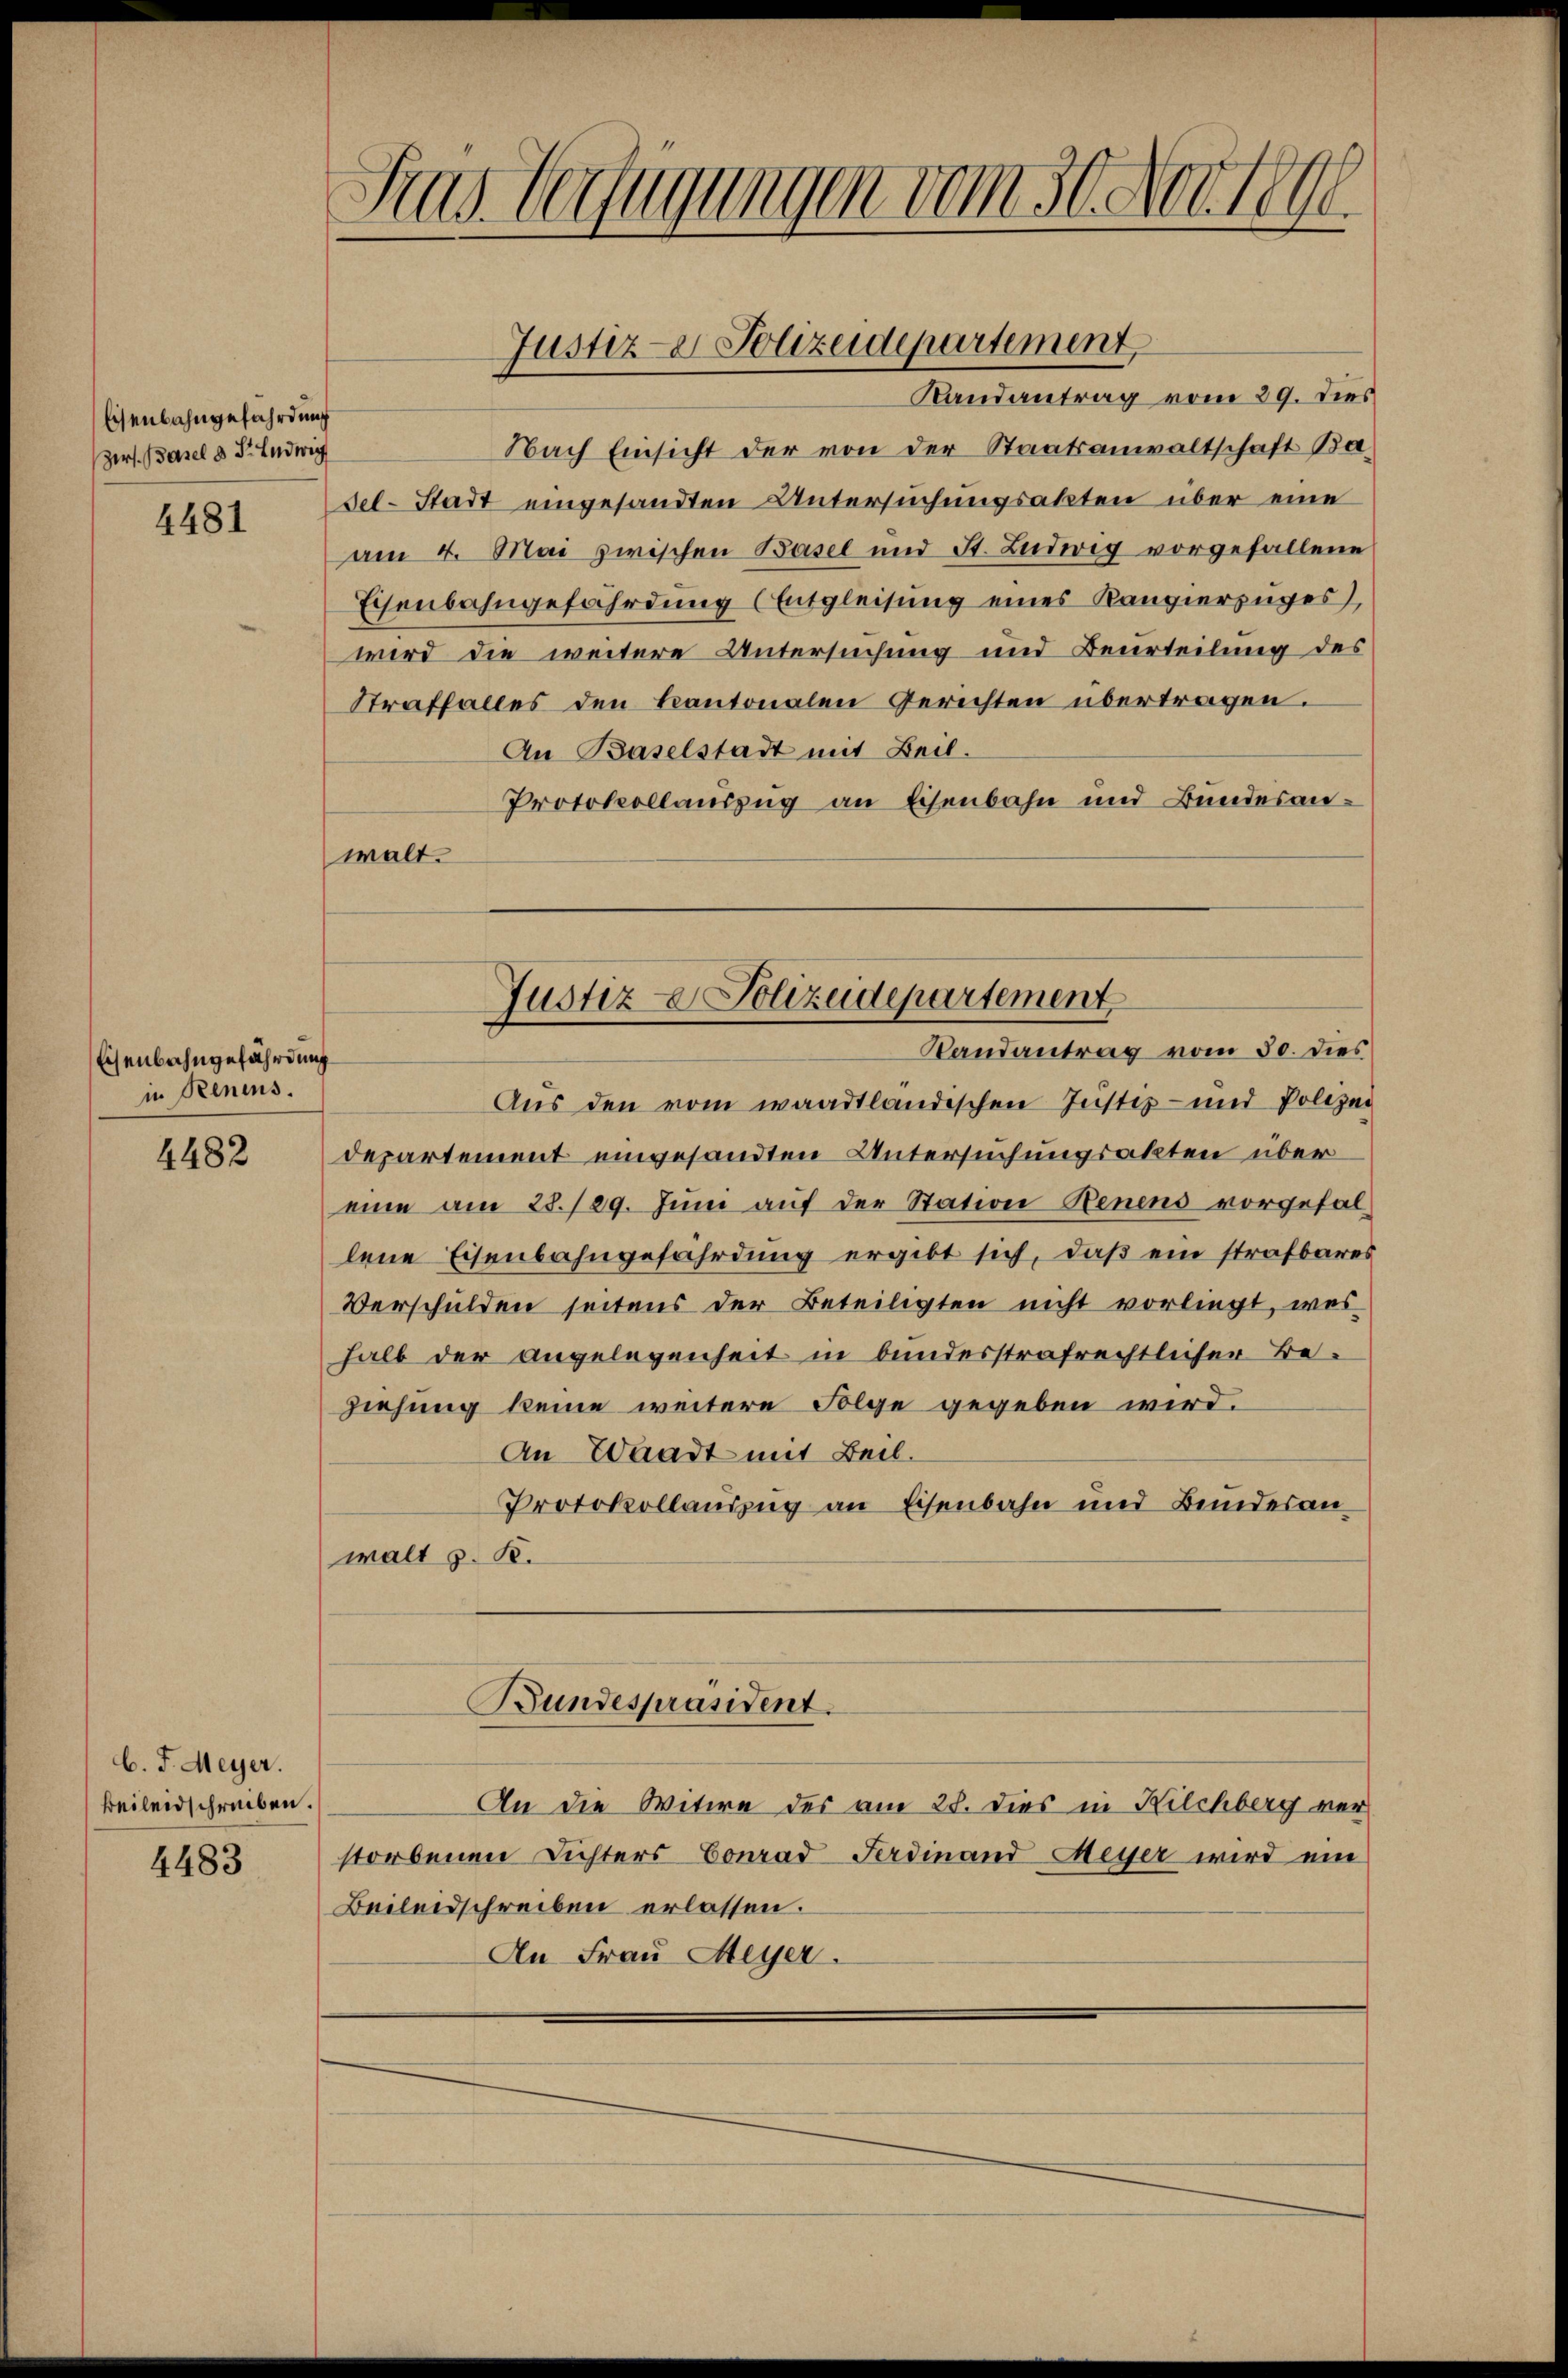
Eisenbahngefährdung
zers. Basel d. d. Ludwig

4481

Eisenbahngefährdung
in Renens.

4482

C. J. Meyer.
Beileidschreiben.

4483

Sras Verugungen vom 30. Nov. 184

Nach Einsicht der von der Staatsanwaltschaft Ba
sel-Stadt eingesandten Untersuchungsakten über eine
am 4. Mai zwischen Basel und St. Ludwig vorgefallene
Eisenbahngefährdung (Entgleisŭng eines Kanzierzuges,
wird die weitere Untersuchung und Beurteilung des
Straffalles den kantonalen Gerichten übertragen.
An Baselstadt mit Beil.
Protokollauszug an Eisenbahn und Bundesanwalt.

Justiz- & Polizeidepartement
Randantrag vom 29. dies

Aus den vom waadtländischen Justiz- und Polizei
departement eingesandten Untersuchungsakten über
eine am 28./29. Jŭni aŭf der Station denens vorgefallene Eisenbahngefährdung ergibt sich, daß ein strafbares
Verschulden seitens der Beteiligten nicht vorliegt, was
halb der angelegenheit in bundesstrafrechtlicher Beziehung keine weitere Folge gegeben wird.
An Waadt mit Beil.
Protokollauszug an Eisenbahn und Bundesanwalt z. K.
Bundespräsident.
An die Witwe des am 28. Dies in Kilchberg verstorbenen Dichters Conrad Ferdinand Meyer wird ein
Beileidschreiben erlassen.
An Frau Meyer.

Justiz- & Polizeidepartement
Randantrag vom 30. dies